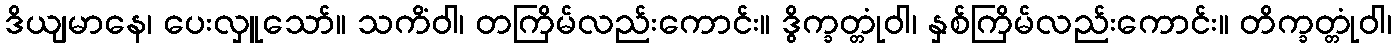
ဒိယျမာနေ၊ ပေးလှူသော်။ သကိံဝါ၊ တကြိမ်လည်းကောင်း။ ဒွိက္ခတ္တုံဝါ၊ နှစ်ကြိမ်လည်းကောင်း။ တိက္ခတ္တုံဝါ၊